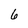
Character: 6